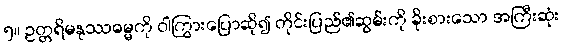
၅။ ဥတ္တရိမနုဿဓမ္မကို ဝါကြွားပြောဆို၍ တိုင်းပြည်၏ဆွမ်းကို ခိုးစားသော အကြီးဆုံး